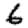
Digit: 6